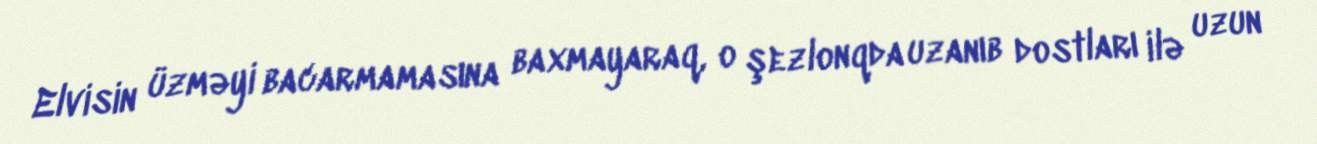
Elvisin üzməyi bacarmamasına baxmayaraq, o şezlonqda uzanıb dostları ilə uzun